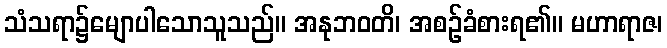
သံသရာ၌မျောပါသောသူသည်။ အနုဘဝတိ၊ အစဉ်ခံစားရ၏။ မဟာရာဇ၊